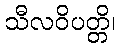
သီလဝိပတ္တိ၊